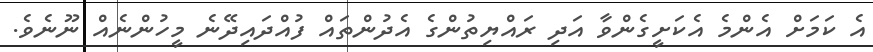
އެ ކަމަށް އެންމެ އެކަށީގެންވާ އަދި ރައްޔިތުންގެ އެދުންތައް ފުއްދައިދޭނެ މީހުންނެއް ނޫނެވެ.